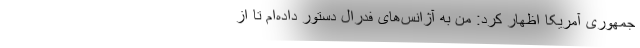
جمهوری آمریکا اظهار کرد: من به آژانس‌های فدرال دستور داده‌ام تا از